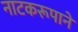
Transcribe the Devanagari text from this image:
नाटकरूपाने